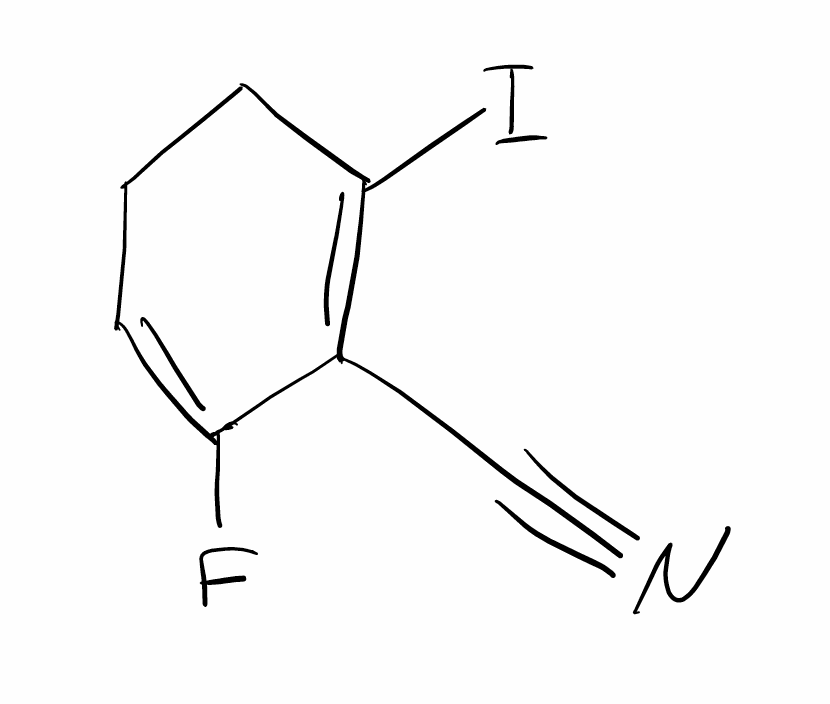
Simplified molecular-input line-entry system (SMILES) notation of the given molecule:
C1CC(=C(C(=C1)F)C#N)I